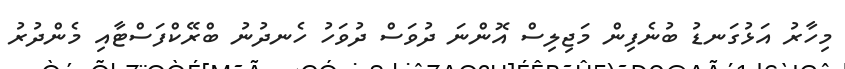
މިހާރު އަޅުގަނޑު ބުނެފިން މަޖިލިސް އޮންނަ ދުވަސް ދުވަހު ހެނދުނު ބްރޭކްފަސްޓާއި މެންދުރު